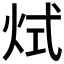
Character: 烒